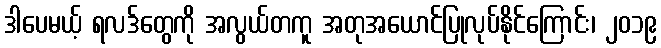
ဒါပေမယ့် ရလဒ်တွေကို အလွယ်တကူ အတုအယောင်ပြုလုပ်နိုင်ကြောင်း၊ ၂၀၁၉